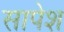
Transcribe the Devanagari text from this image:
सापेश